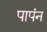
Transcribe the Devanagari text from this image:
पापंन